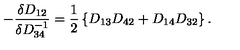
- \frac { \delta D _ { 1 2 } } { \delta D _ { 3 4 } ^ { - 1 } } = \frac { 1 } { 2 } \left\{ D _ { 1 3 } D _ { 4 2 } + D _ { 1 4 } D _ { 3 2 } \right\} .